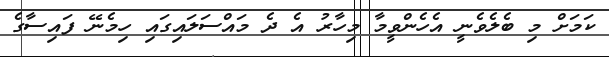
ކަމަށް މި ބެލެވެނީ އެހެންވީމާ މިހާރު އެ ދެ މައްސަލައިގައި ހިމެނޭ ފައިސާގެ